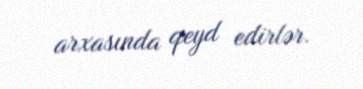
arxasında qeyd edirlər.